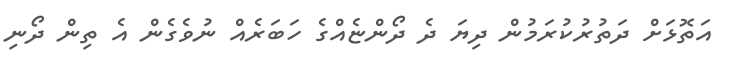
އަތޮޅަށް ދަތުރުކުރަމުން ދިޔަ ދެ ދޯންޏެއްގެ ހަބަރެއް ނުވެގެން އެ ތިން ދޯނި